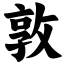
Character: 敦